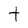
Character: t